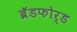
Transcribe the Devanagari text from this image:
ब्रॅडफोर्ड